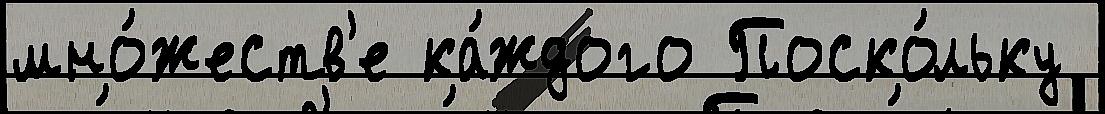
мно́жеств'е ка́ждого Поско́льку